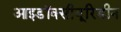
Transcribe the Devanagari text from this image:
आइडॉक्सीयूरिडीन